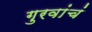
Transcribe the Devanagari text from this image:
गुरवांचं